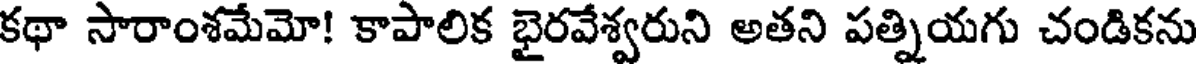
కథా సారాంశమేమో! కాపాలిక భైరవేశ్వరుని అతని పత్నియగు చండికను